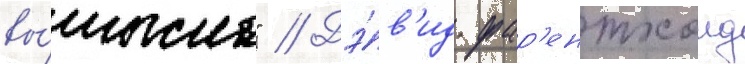
вы́мысла" // Дэ́в'ид фар'ентхолд